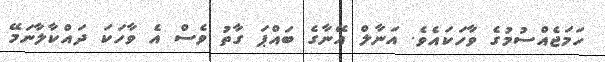
ހަމަޖެއްސުމުގެ ވާހަކައެވެ. އަނާލް އޭނާގެ ބައްޕަ ގާތު ވެސް އެ ވާހަކަ ދައްކާލާނަމޭ